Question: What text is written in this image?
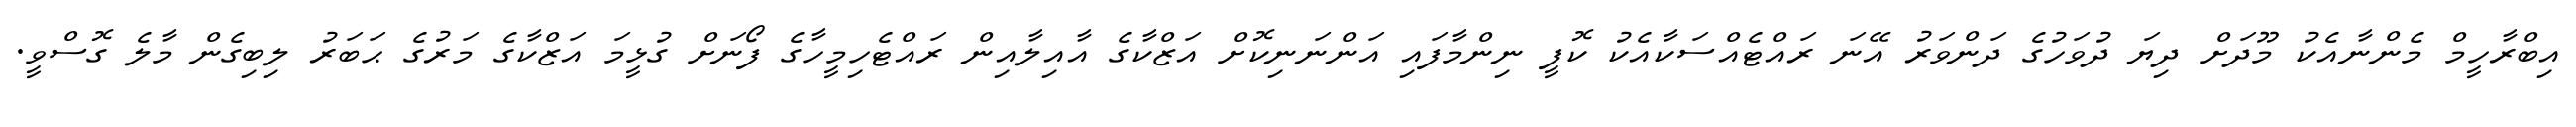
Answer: އިބްރާހީމް މެންނާއެކު މޫދަށް ދިޔަ ދުވަހުގެ ދަންވަރު އޭނަ ރައްޓެއްސަކާއެކު ކޮފީ ނިންމާފައި އަންނަނިކޮށް އަޒްކާގެ އާއިލާއިން ރައްޓެހިމީހާގެ ފޯނަށް ގުޅީމަ އަޒްކާގެ މަރުގެ ޙަބަރު ލިބިގެން މާލެ ގޮސްވީ.